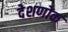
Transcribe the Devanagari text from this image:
देशणोक